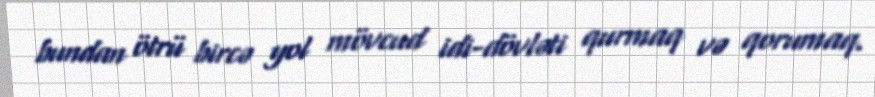
bundan ötrü bircə yol mövcud idi-dövləti qurmaq və qorumaq.